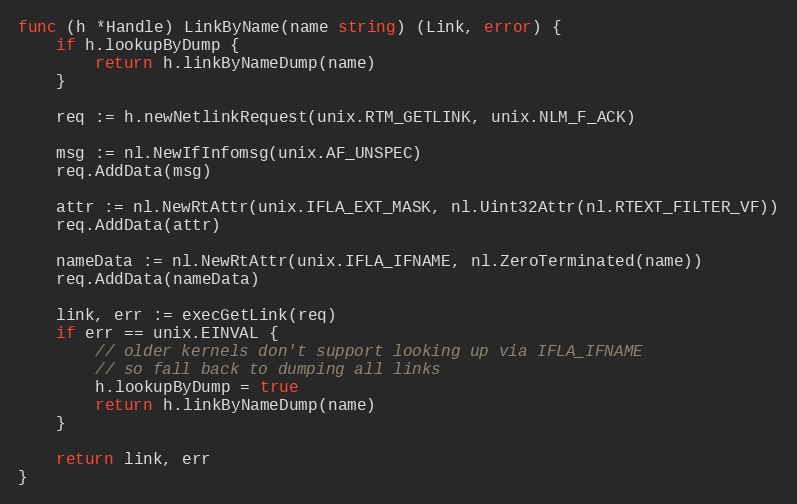
Language: Go
func (h *Handle) LinkByName(name string) (Link, error) {
	if h.lookupByDump {
		return h.linkByNameDump(name)
	}

	req := h.newNetlinkRequest(unix.RTM_GETLINK, unix.NLM_F_ACK)

	msg := nl.NewIfInfomsg(unix.AF_UNSPEC)
	req.AddData(msg)

	attr := nl.NewRtAttr(unix.IFLA_EXT_MASK, nl.Uint32Attr(nl.RTEXT_FILTER_VF))
	req.AddData(attr)

	nameData := nl.NewRtAttr(unix.IFLA_IFNAME, nl.ZeroTerminated(name))
	req.AddData(nameData)

	link, err := execGetLink(req)
	if err == unix.EINVAL {
		// older kernels don't support looking up via IFLA_IFNAME
		// so fall back to dumping all links
		h.lookupByDump = true
		return h.linkByNameDump(name)
	}

	return link, err
}